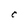
Character: C